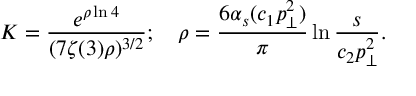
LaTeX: K = \frac { e ^ { \rho \ln 4 } } { ( 7 \zeta ( 3 ) \rho ) ^ { 3 / 2 } } ; \quad \rho = \frac { 6 \alpha _ { s } ( c _ { 1 } p _ { \bot } ^ { 2 } ) } { \pi } \ln { \frac { s } { c _ { 2 } p _ { \bot } ^ { 2 } } } .